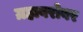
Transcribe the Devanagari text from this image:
ग्रहाबरोबर